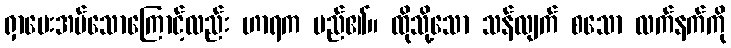
ရှာပေးအပ်သောကြောင့်လည်း ဟာရက မည်၏။ ထိုသို့သော သန်လျက် စသော လက်နက်ကို